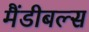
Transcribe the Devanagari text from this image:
मैंडीबल्स